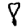
Digit: 8